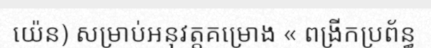
យ៉េន) សម្រាប់អនុវត្តគម្រោង « ពង្រីកប្រព័ន្ធ